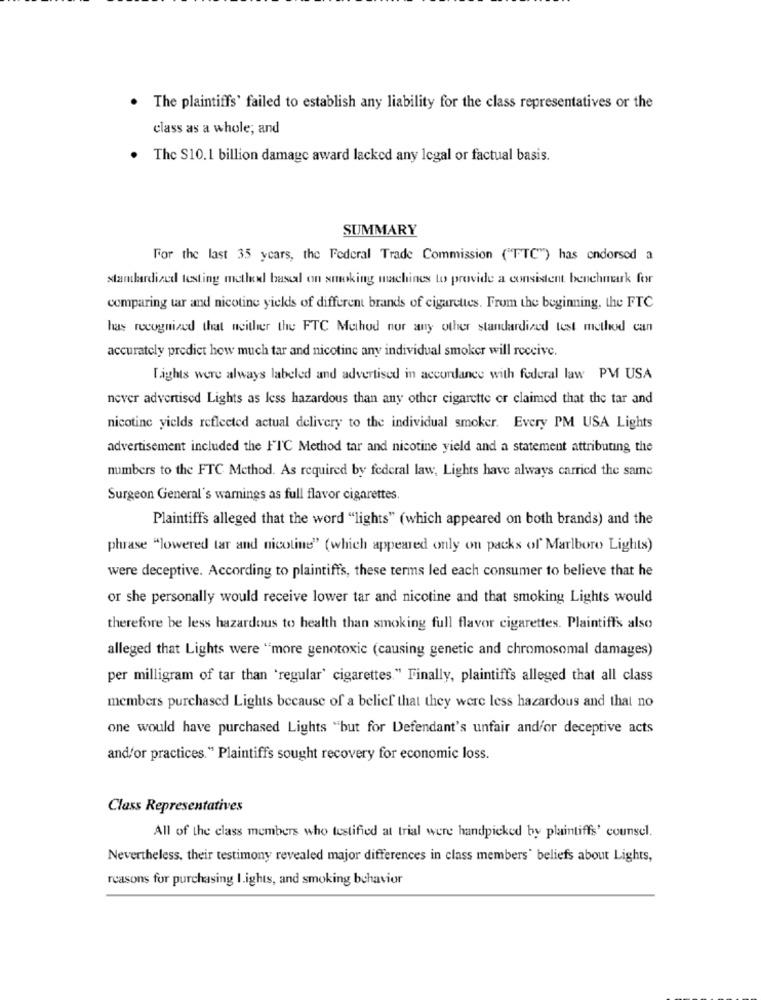
. The plaintiffs' failed to establish any liability for the class representatives or the
class as a whole; and
. The S10.1 billion damage award lacked any legal or factual basis.
SUMMARY
For the last 35 years, the Federal Trade Commission ("FTC") has endorsed a
standardized testing metle based on smoking machines to provide a consistent benchmark for
comparing tar and nicotine yields of different brands of cigarettes. From the beginning, the FTC
has recognized that neither the FTC Method nor any other standardized test method can
accurately predict how much tar and nicotine any individual smoker will receive.
Lights were always labeled and advertised in accordance with federal law PM USA
never advertised Lights as less hazardous than any other cigarette er claimed that the tar and
nicotine yields reflected actual delivery to the individual smoker. Every PM USA Lights
advertisement included the FTC Method tar and nicotine yield and a statement attributing the
numbers to the FTC Method. As required by federal law, Lights have always carried the same
Surgeon General's warnings as full flavor cigarettes.
Plaintiffs alleged that the word "lights" (which appeared on both brands) and the
phrase "lowered tar and nicotine" (which appeared only on packs of' Marlboro Lights)
were deceptive. According to plaintiffs, these terms led each consumer to believe that he
or she personally would receive lower tar and nicotine and that smoking Lights would
therefore be less hazardous to health than smoking full flavor cigarettes. Plaintiffs also
alleged that Lights were "more genotoxic (causing genetic and chromosomal damages)
per milligram of tar than 'regular' cigarettes." Finally, plaintiff's alleged that all class
members purchased Lights because of a belief that they were less hazardous and that no
one would have purchased Lights "but for Defendant's unfair and/or deceptive acts
and/or practices." Plaintiffs sought recovery for economic loss.
Class Representatives
All of the class members who testified at trial were handpicked by plaintiffs' counsel.
Nevertheless, their testimony revealed major differences in class members' beliefs about Lights,
reasons for purchasing I.ights, and smoking behavior